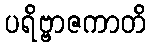
ပရိဗ္ဗာဇကာတိ